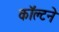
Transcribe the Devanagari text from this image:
कॉल्टने